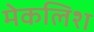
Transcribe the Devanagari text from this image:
मेकलिश